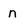
Character: n